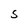
Character: S